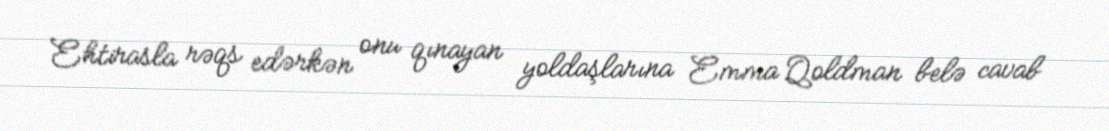
Ehtirasla rəqs edərkən onu qınayan yoldaşlarına Emma Qoldman belə cavab